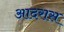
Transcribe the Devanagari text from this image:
आदरास